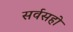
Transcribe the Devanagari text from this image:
सर्वसहो